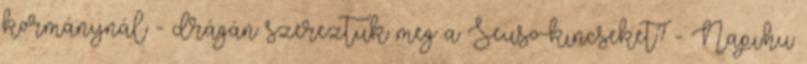
kormánynál - drágán szereztük meg a Seuso-kincseket? - Napi.hu